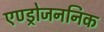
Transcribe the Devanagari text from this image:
एण्ड्रोजननिक